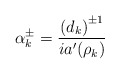
\begin{align*}\alpha_{k}^{\pm}=\frac{\left( d_{k}\right) ^{\pm1}}{ia^{\prime}(\rho_{k})}\end{align*}